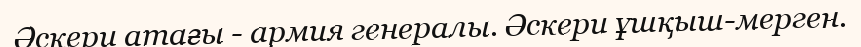
Әскери атағы - армия генералы. Әскери ұшқыш-мерген.